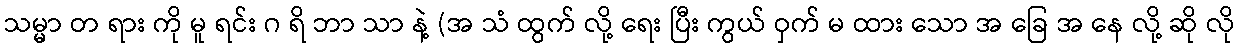
သမ္မာ တ ရား ကို မူ ရင်း ဂ ရိ ဘာ သာ နဲ့ (အ သံ ထွက် လို့ ရေး ပြီး ကွယ် ဝှက် မ ထား သော အ ခြေ အ နေ လို့ ဆို လို